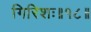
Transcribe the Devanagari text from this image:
गिरिशः॥१८॥